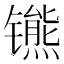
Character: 𫔒